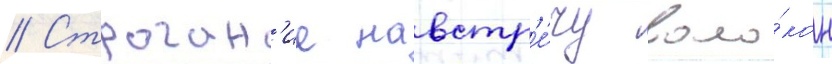
// Строган'ие навстр'е́чу воло́кон